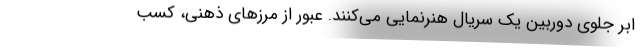
ابر جلوی دوربین یک سریال هنرنمایی می‌کنند. عبور از مرزهای ذهنی، کسب